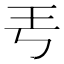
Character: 𤣫